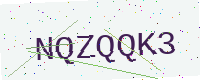
Text: NQZQQK3